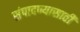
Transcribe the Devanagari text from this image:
संपादण्यासाठी